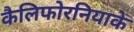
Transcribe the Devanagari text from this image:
कैलिफोरनियाके